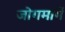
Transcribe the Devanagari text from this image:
जोगमार्गे